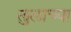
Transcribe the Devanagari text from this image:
लुलाच्या